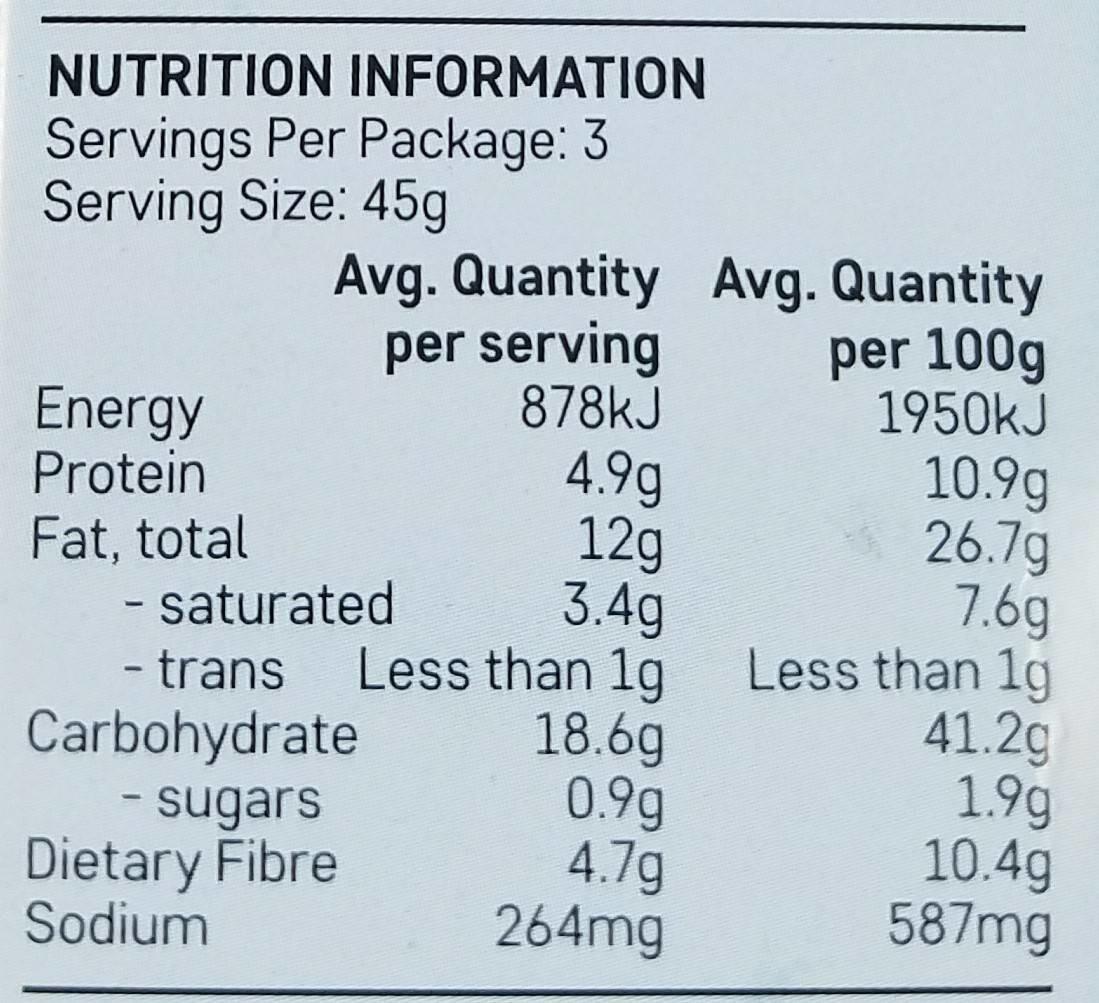
NUTRITION INFORMATION Servings Per Package: 3 Serving Size: 45g
Avg. Quantity Avg. Quantity per serving 878kJ 4.9g 12g 3.4g
per 100g 1950KJ
Energy Protein
10.9g 26.7g 7.6g Less than 1g 41.2g 1.9g 10.4g 587mg
Fat, total - saturated
- trans Less than 1g Carbohydrate - sugars Dietary Fibre Sodium
18.6g 0.9g 4.7g 264mg